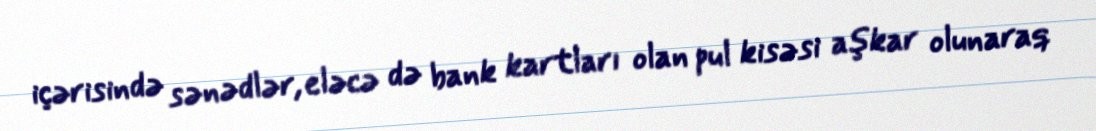
içərisində sənədlər, eləcə də bank kartları olan pul kisəsi aşkar olunaraq